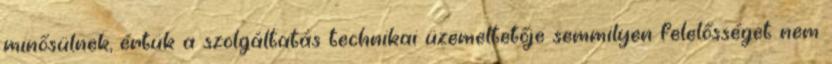
minősülnek, értük a szolgáltatás technikai üzemeltetője semmilyen felelősséget nem